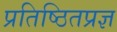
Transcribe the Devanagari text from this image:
प्रतिष्ठितप्रज्ञ